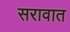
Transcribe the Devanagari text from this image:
सरावात